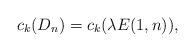
LaTeX: \begin{align*} c_k (D_n) = c_k ( \lambda E(1,n ) ), \end{align*}